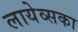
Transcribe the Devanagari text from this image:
लायेव्सका